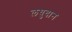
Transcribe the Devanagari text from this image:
लघुदान